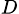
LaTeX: _D